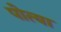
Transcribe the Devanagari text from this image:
पोत्या